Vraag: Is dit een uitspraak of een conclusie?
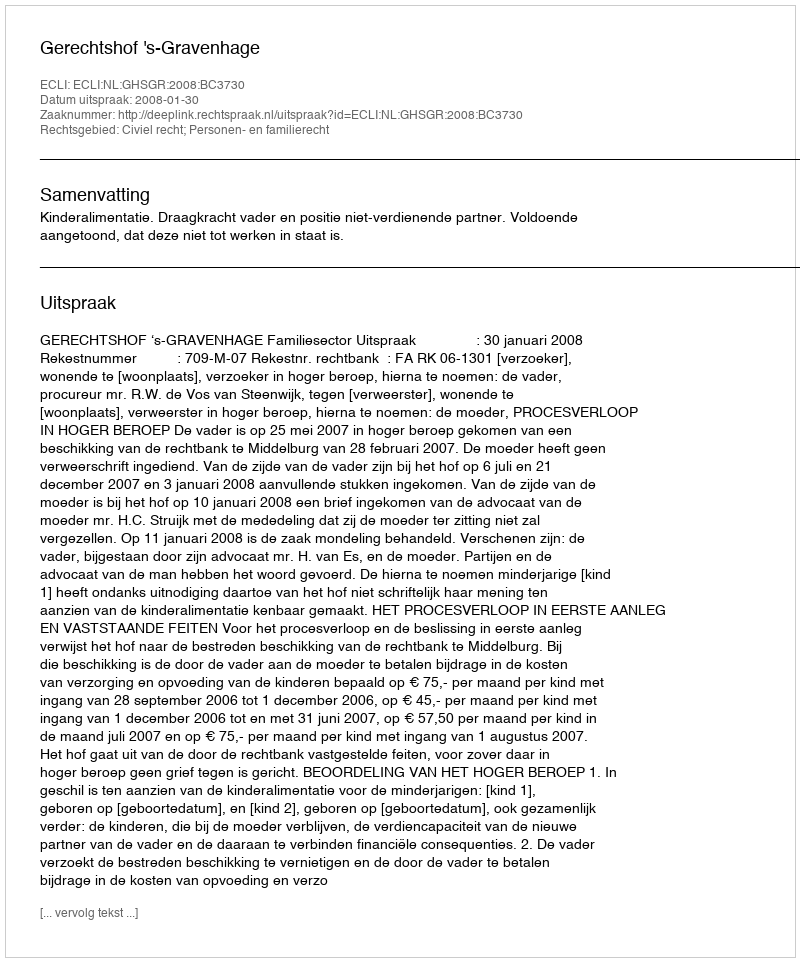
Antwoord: Uitspraak